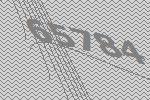
65784